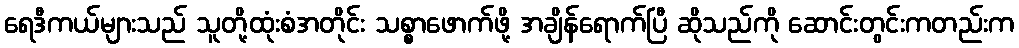
ရေဒီကယ်များသည် သူတို့ထုံးစံအတိုင်း သစ္စာဖောက်ဖို့ အချိန်ရောက်ပြီ ဆိုသည်ကို ဆောင်းတွင်းကတည်းက